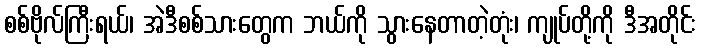
စစ်ဗိုလ်ကြီးရယ်၊ အဲဒီစစ်သားတွေက ဘယ်ကို သွားနေတာတဲ့တုံး၊ ကျုပ်တို့ကို ဒီအတိုင်း